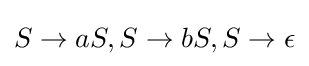
S\to aS,S\to bS,S\to \epsilon